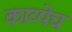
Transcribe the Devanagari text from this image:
काव्येच